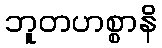
ဘူတဟစ္စာနိ